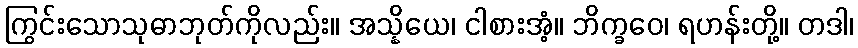
ကြွင်းသောသုဓာဘုတ်ကိုလည်း။ အသ္နိယေ၊ ငါစားအံ့။ ဘိက္ခဝေ၊ ရဟန်းတို့။ တဒါ၊